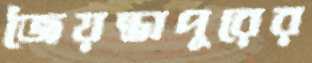
জৈয়ন্তাপুরের